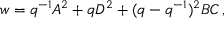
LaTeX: w = q ^ { - 1 } A ^ { 2 } + q D ^ { 2 } + ( q - q ^ { - 1 } ) ^ { 2 } B C \, ,